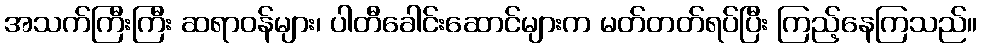
အသက်ကြီးကြီး ဆရာဝန်များ၊ ပါတီခေါင်းဆောင်များက မတ်တတ်ရပ်ပြီး ကြည့်နေကြသည်။